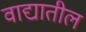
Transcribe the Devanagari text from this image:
वाद्यातील